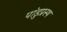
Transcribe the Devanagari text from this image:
पांडुप्रस्थ